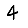
Digit: 4